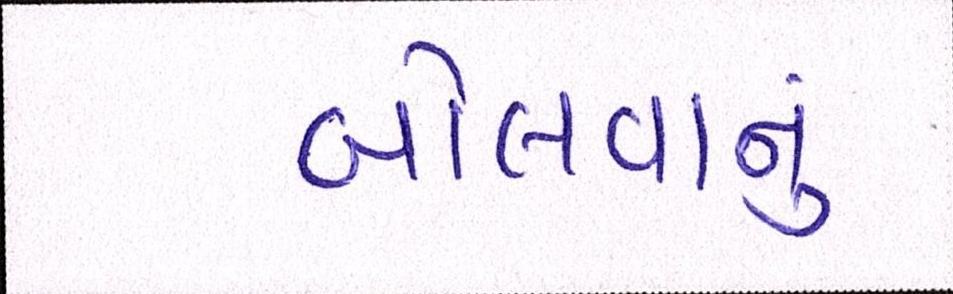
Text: બોલવાનું